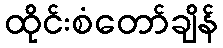
ထိုင်းစံတော်ချိန်